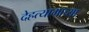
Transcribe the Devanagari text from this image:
देहत्यागाच्या